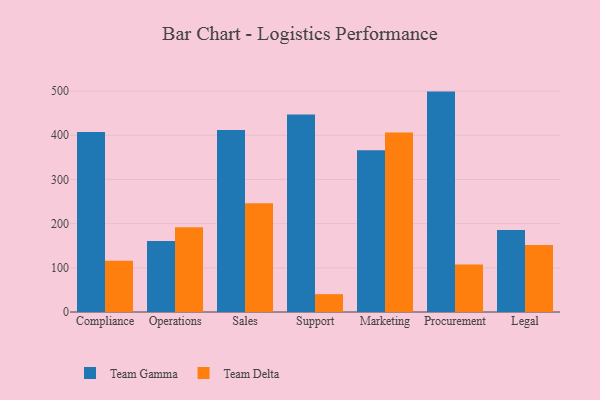
{"axis": {"x": "Department", "y": "Production Output"}, "legend": ["Team Delta", "Team Gamma"], "data": [{"x": "Compliance", "y": 407.2, "type": "Team Gamma"}, {"x": "Compliance", "y": 116.2, "type": "Team Delta"}, {"x": "Operations", "y": 160.8, "type": "Team Gamma"}, {"x": "Operations", "y": 191.9, "type": "Team Delta"}, {"x": "Sales", "y": 412.2, "type": "Team Gamma"}, {"x": "Sales", "y": 246.4, "type": "Team Delta"}, {"x": "Support", "y": 447.3, "type": "Team Gamma"}, {"x": "Support", "y": 40.4, "type": "Team Delta"}, {"x": "Marketing", "y": 366.0, "type": "Team Gamma"}, {"x": "Marketing", "y": 406.2, "type": "Team Delta"}, {"x": "Procurement", "y": 498.9, "type": "Team Gamma"}, {"x": "Procurement", "y": 107.8, "type": "Team Delta"}, {"x": "Legal", "y": 185.6, "type": "Team Gamma"}, {"x": "Legal", "y": 151.4, "type": "Team Delta"}]}